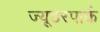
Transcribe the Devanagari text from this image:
ज्यूडरपार्क